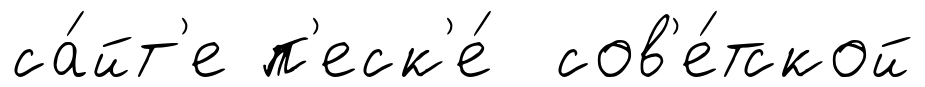
са́йт'е п'еск'е́ сов'е́тской